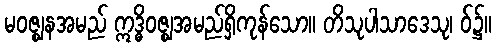
မဝဇ္ဈနအမည် ဣဒ္ဓိဝဇ္ဈအမည်ရှိကုန်သော။ တိသုပါသာဒေသု၊ ဝ်၌။